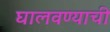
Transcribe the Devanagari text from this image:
घालवण्याची